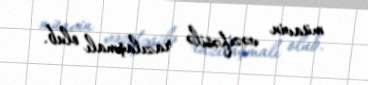
müavin vəzifəsilə razılaşmalı olub.